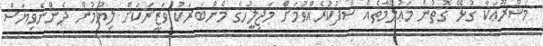
މަޝްރޫޢަކާ ގުޅޭ ގޮތުން މަޢުލޫމާތެއް ސާފުކުރެއްވުމަށް މަޖިލީހުގެ މެންބަރަކު ވަޒީރަކަށް ލިޔުމުން ދެންނެވިޔަސް